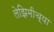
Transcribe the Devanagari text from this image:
लेझिमीच्या